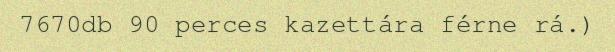
7670db 90 perces kazettára férne rá.)